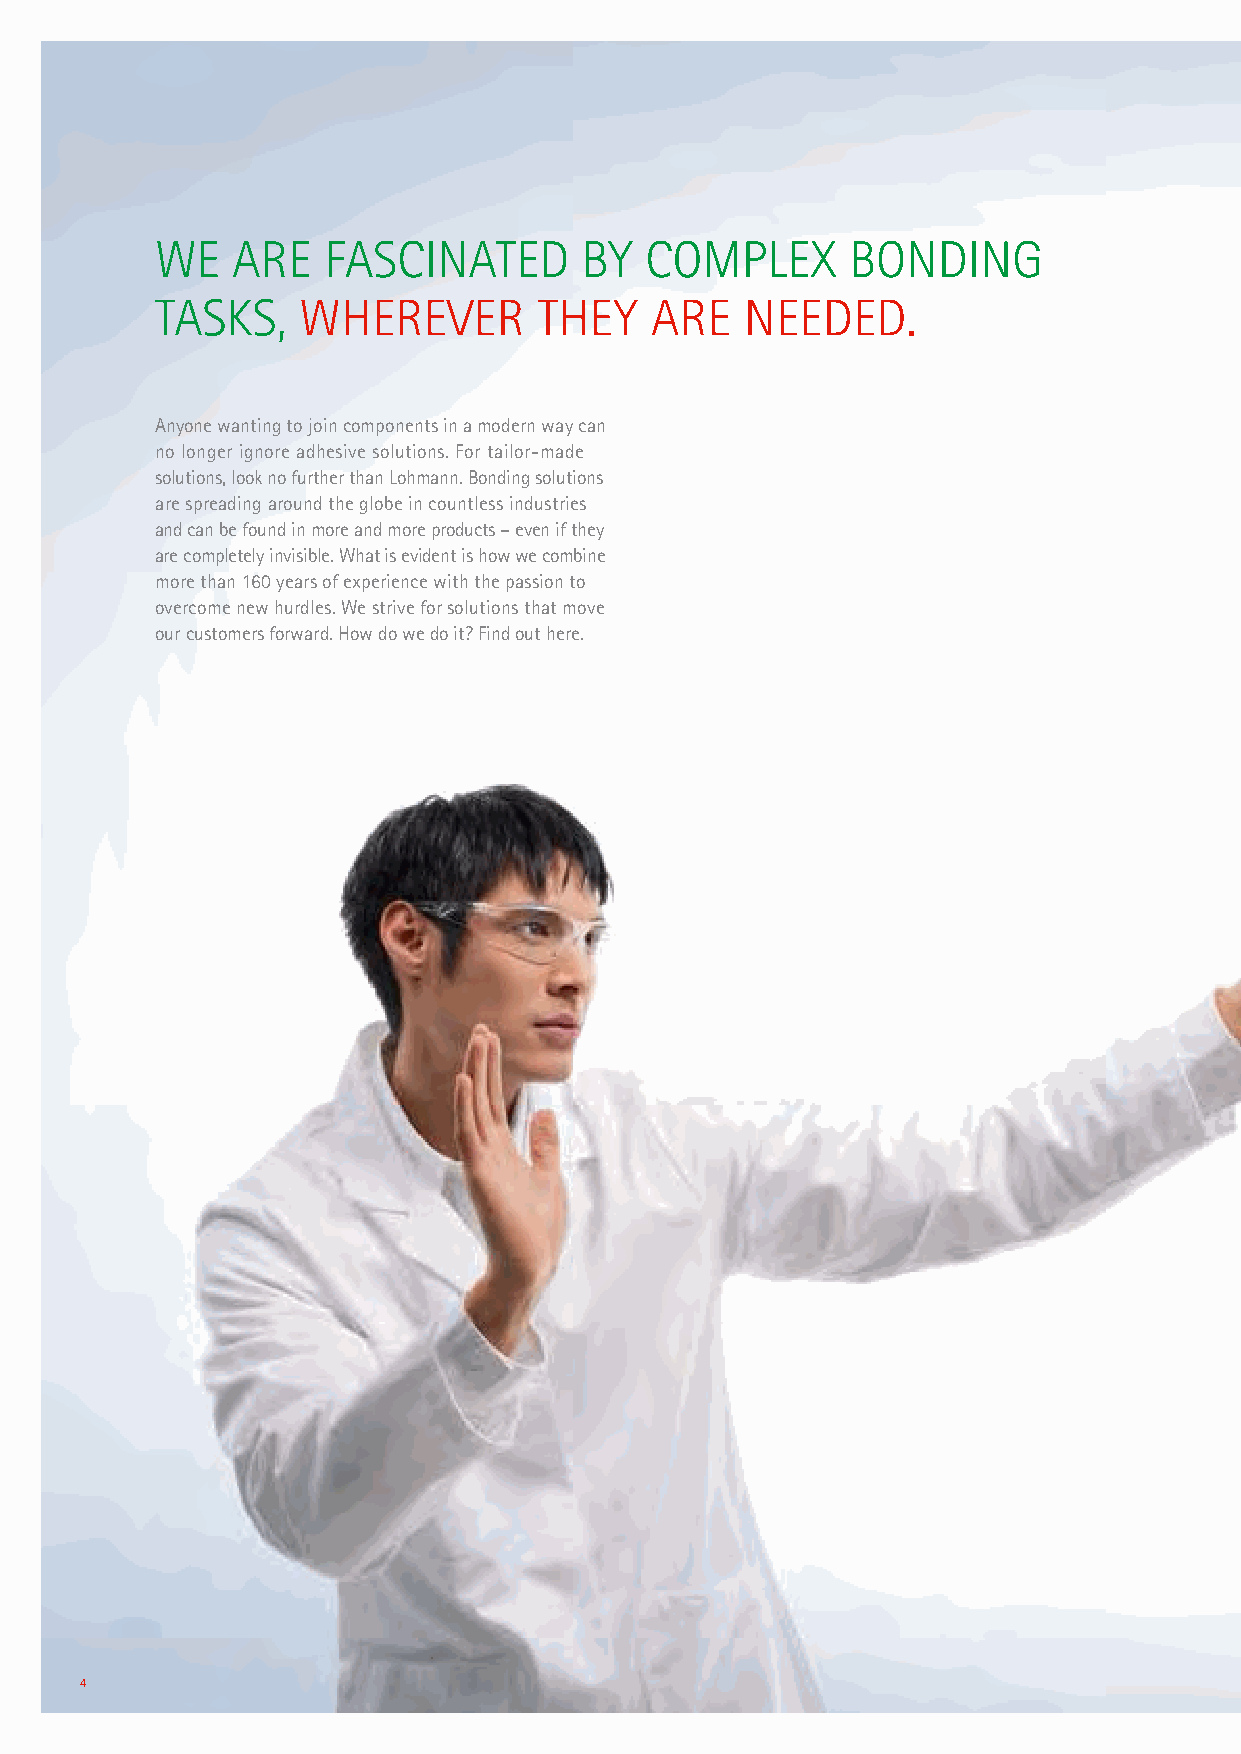
WE   ARE   FASCINATED       BY   COMPLEX      BONDING
 TASKS,    WHEREVER        THEY   ARE   NEEDED.
 Anyone wanting to join components in a modern way can
 no longer ignore adhesive solutions. For tailor-made
 solutions, look no further than Lohmann. Bonding solutions
 are spreading around the globe in countless industries
 and can be found in more and more products – even if they
 are completely invisible. What is evident is how we combine
 more than 160 years of experience with the passion to
 overcome new hurdles. We strive for solutions that move
 our customers forward. How do we do it? Find out here.
 4